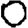
Digit: 0